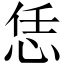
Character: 恁